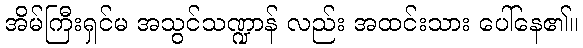
အိမ်ကြီးရှင်မ အသွင်သဏ္ဍာန် လည်း အထင်းသား ပေါ်နေ၏။